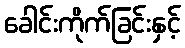
ခေါင်းကိုက်ခြင်းနှင့်